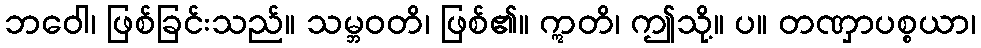
ဘဝေါ၊ ဖြစ်ခြင်းသည်။ သမ္ဘဝတိ၊ ဖြစ်၏။ ဣတိ၊ ဤသို့။ ပ။ တဏှာပစ္စယာ၊